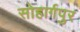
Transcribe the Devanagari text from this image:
सोहार्गपुर